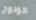
الولوج